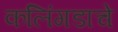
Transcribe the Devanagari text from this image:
कलिंगडाचे